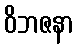
ဝိဘဇနာ